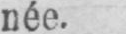
née.